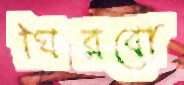
ঘিরবো